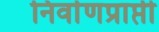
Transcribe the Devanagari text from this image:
निर्वाणप्राप्ती